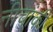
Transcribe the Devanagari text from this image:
नीचांकी